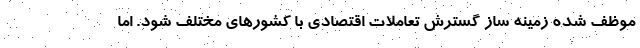
موظف شده زمینه ساز گسترش تعاملات اقتصادی با کشورهای مختلف شود. اما